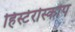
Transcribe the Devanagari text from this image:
हिस्टेरोस्कोप